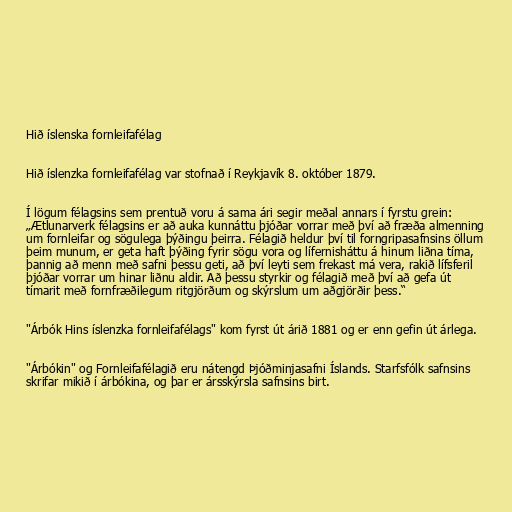
Hið íslenska fornleifafélag

Hið íslenzka fornleifafélag var stofnað í Reykjavík 8. október 1879.

Í lögum félagsins sem prentuð voru á sama ári segir meðal annars í fyrstu grein:
„Ætlunarverk félagsins er að auka kunnáttu þjóðar vorrar með því að fræða almenning
um fornleifar og sögulega þýðingu þeirra. Félagið heldur því til forngripasafnsins öllum
þeim munum, er geta haft þýðing fyrir sögu vora og lífernisháttu á hinum liðna tíma,
þannig að menn með safni þessu geti, að því leyti sem frekast má vera, rakið lífsferil
þjóðar vorrar um hinar liðnu aldir. Að þessu styrkir og félagið með því að gefa út
tímarit með fornfræðilegum ritgjörðum og skýrslum um aðgjörðir þess.“

"Árbók Hins íslenzka fornleifafélags" kom fyrst út árið 1881 og er enn gefin út árlega.

"Árbókin" og Fornleifafélagið eru nátengd Þjóðminjasafni Íslands. Starfsfólk safnsins
skrifar mikið í árbókina, og þar er ársskýrsla safnsins birt.